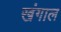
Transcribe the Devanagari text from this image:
खंगाल